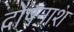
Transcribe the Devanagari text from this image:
दोषनाश